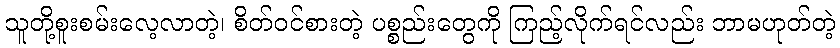
သူတို့စူးစမ်းလေ့လာတဲ့၊ စိတ်ဝင်စားတဲ့ ပစ္စည်းတွေကို ကြည့်လိုက်ရင်လည်း ဘာမဟုတ်တဲ့